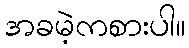
အခမဲ့ကစားပါ။